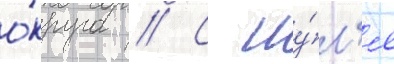
о́круга // С иу́л'я